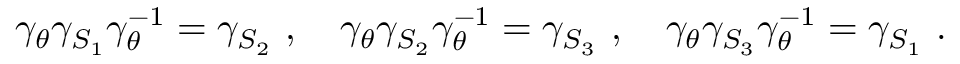
\gamma _ { \theta } \gamma _ { S _ { 1 } } \gamma _ { \theta } ^ { - 1 } = \gamma _ { S _ { 2 } } ~ , ~ ~ ~ \gamma _ { \theta } \gamma _ { S _ { 2 } } \gamma _ { \theta } ^ { - 1 } = \gamma _ { S _ { 3 } } ~ , ~ ~ ~ \gamma _ { \theta } \gamma _ { S _ { 3 } } \gamma _ { \theta } ^ { - 1 } = \gamma _ { S _ { 1 } } ~ .